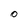
Character: O